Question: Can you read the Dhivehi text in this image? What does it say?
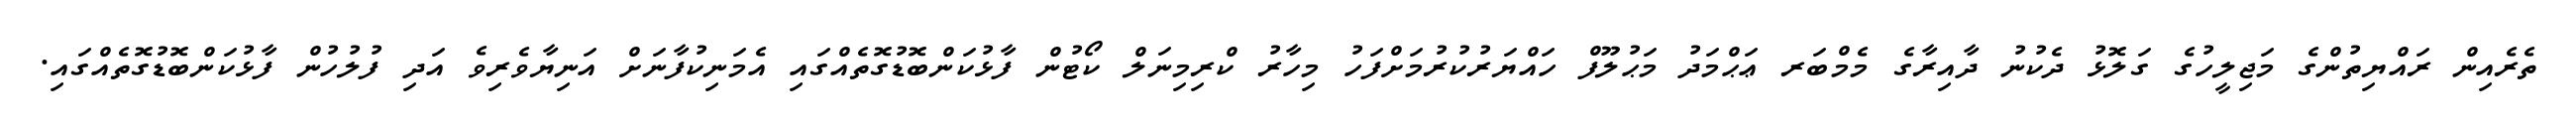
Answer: ތެރެއިން ރައްޔިތުންގެ މަޖިލީހުގެ ގަލޮޅު ދެކުނު ދާއިރާގެ މެމްބަރ ޢަޙްމަދު މަޙުލޫފް ހައްޔަރުކުރުމަށްފަހު މިހާރު ކްރިމިނަލް ކޯޓުން ފާޅުކަންބޮޑުގޮތެއްގައި އެމަނިކުފާނަށް އަނިޔާވެރިވެ އަދި ފުލުހުން ފާޅުކަންބޮޑުގޮތެއްގައި.